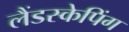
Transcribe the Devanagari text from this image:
लैंडस्केपिंग